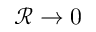
\mathcal { R } \rightarrow 0